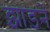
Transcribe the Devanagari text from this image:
झाड़नें